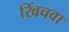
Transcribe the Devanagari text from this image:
खिंचवा